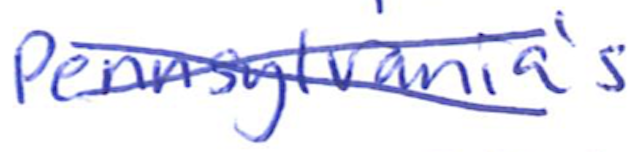
Text: Pennsylvania's
Cross-out: cross
Writing tool: ballpoint